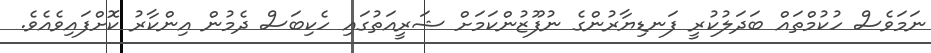
ނަމަވެސް ހުކުމްތައް ބަދަލުކުރީ ފަނޑިޔާރުންގެ ނުފޫޒުންކަމަށް ޝަރީއަތުގައި ހެކިބަސް ދެމުން އިންކާރު ކޮށްފައިވެއެވެ.